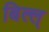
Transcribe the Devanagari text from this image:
बिल्ल्